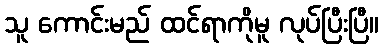
သူ ကောင်းမည် ထင်ရာကိုမူ လုပ်ပြီးပြီ။